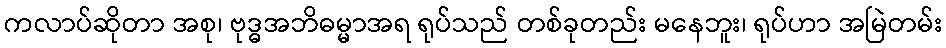
ကလာပ်ဆိုတာ အစု၊ ဗုဒ္ဓအဘိဓမ္မာအရ ရုပ်သည် တစ်ခုတည်း မနေဘူး၊ ရုပ်ဟာ အမြဲတမ်း